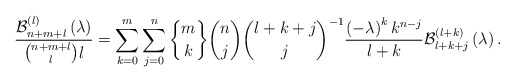
\begin{align*}\frac{\mathcal{B}_{n+m+l}^{\left( l\right) }\left( \lambda\right) }{\binom{n+m+l}{l}l}=\sum_{k=0}^{m}\sum_{j=0}^{n}\genfrac{\{}{\}}{0pt}{}{m}{k}\binom{n}{j}\binom{l+k+j}{j}^{-1}\frac{\left( -\lambda\right) ^{k}k^{n-j}}{l+k}\mathcal{B}_{l+k+j}^{\left( l+k\right) }\left( \lambda\right) .\end{align*}